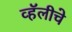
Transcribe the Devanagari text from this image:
व्हॅलीचे